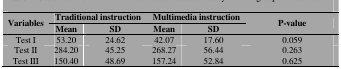
| <ROWSPAN=2> Variables | <COLSPAN=2> Traditional instruction | <COLSPAN=2> Multimedia instruction | <ROWSPAN=2> P-value |
 | Mean | SD | Mean | SD |
 | --- | --- | --- | --- | --- | --- |
 | Test I | 53.20 | 24.62 | 42.07 | 17.60 | 0.059 |
 | Test II | 284.20 | 45.25 | 268.27 | 56.44 | 0.263 |
 | Test III | 150.40 | 48.69 | 157.24 | 52.84 | 0.625 |